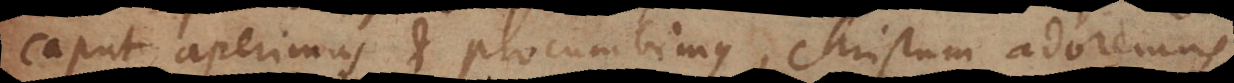
caput aperimus et procumbimus, Christum adoremus